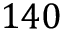
1 4 0